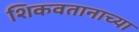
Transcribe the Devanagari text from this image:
शिकवतानाच्या